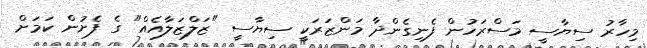
މިހާރު ސިޔާސީ މަސްރަހުން ފެނިގެންދާ މަންޒަރަކީ ސިޔާސީ "ޒަލްޒަލާއެއް" ގެ ފެށުން ކަމަށް